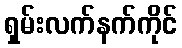
ရှမ်းလက်နက်ကိုင်